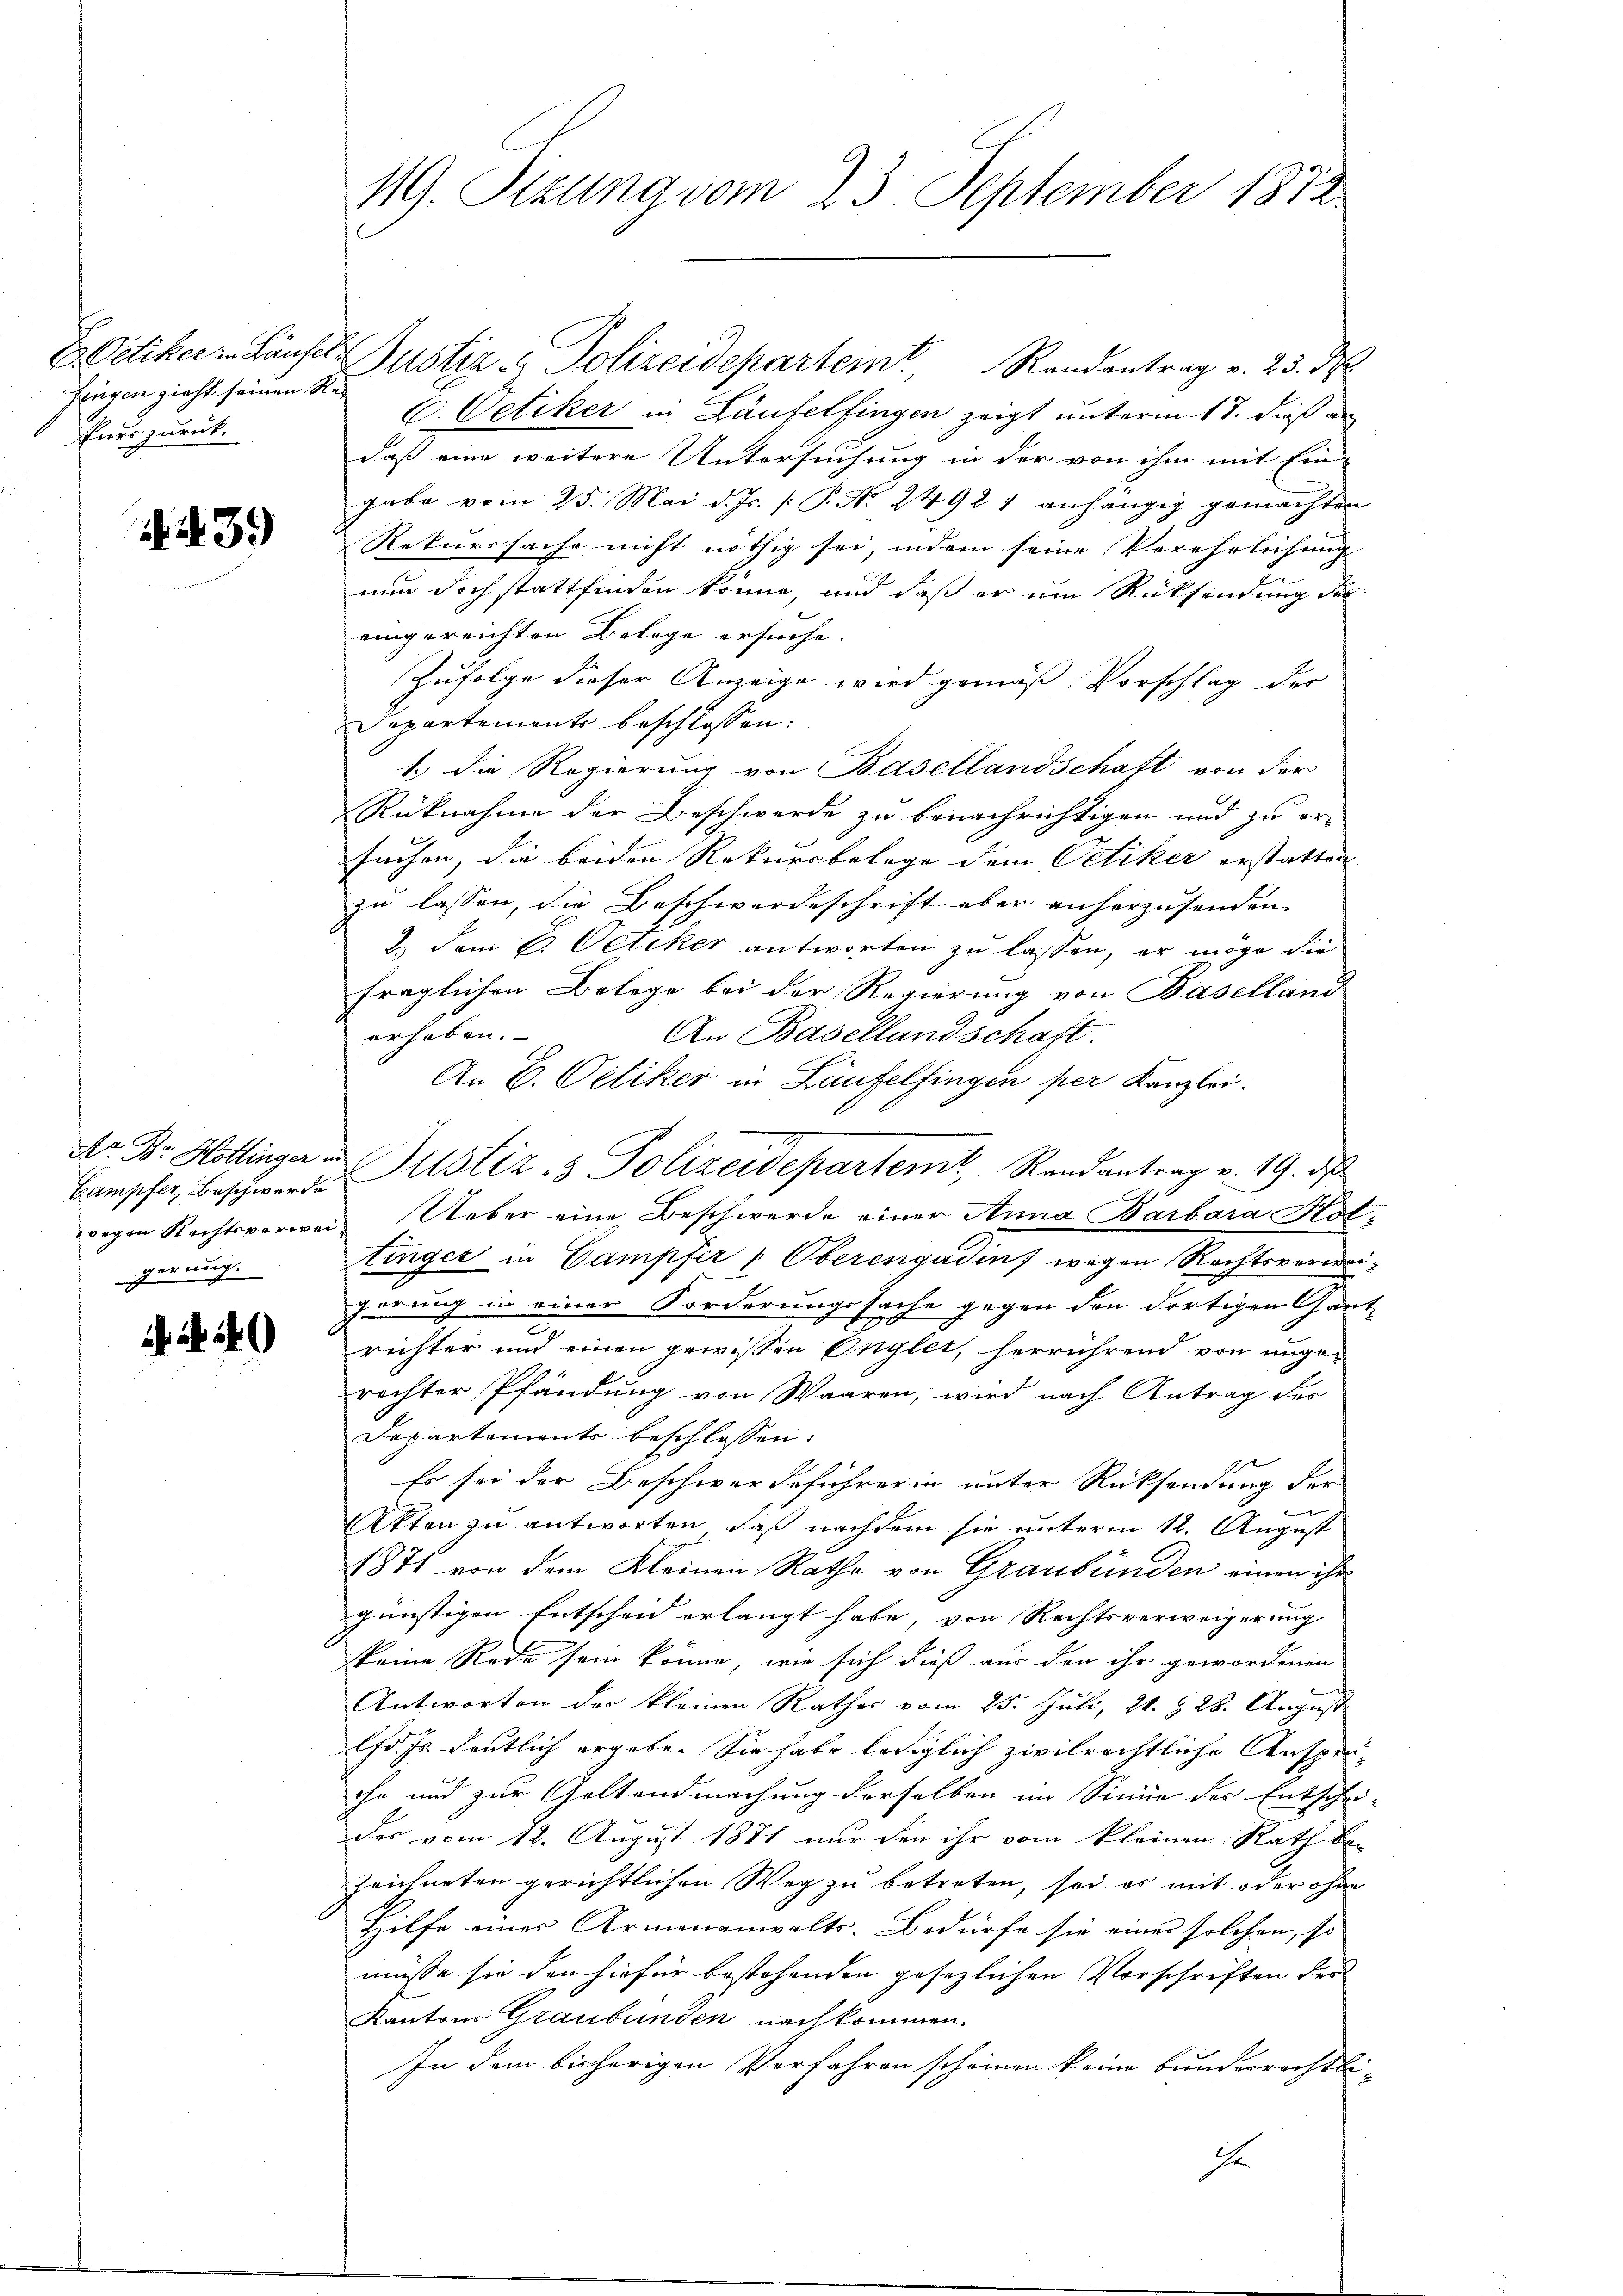
fingen zieht seinen Re-
Euer zurück.

43.)

Campfer Beschwerde
gerung.

N. 440

E Oetiker Häusel Gustiz - Polizeidepartem Randantrag v. 23. d
C. Oetiker in Laufelfingen zeigt untermit 7. dieß an
daß eine weitere Untersuchung in der von ihm mit Ein-
gabe vom 25. Mai d. Js. [ P. Nr. 24921 anhängig gemachten
Rekurssache nicht nöthig sei, indem seine Verehrlichung |
nun doch stattfinden könne, und daß er um Rücksendung der
eingereichten Belege ersuche.
Zufolge dieser Anzeige wird gemäß Vorschlag der
Departements beschlossen:
1.) Die Regierung von Basellandschaft von der
Rüknahme der Beschwerde zu benachrichtigen und zu er-
suchen, die beiden Rekursbelege dem Oetiker erstatten |
zu lassen, die Beschwordeschrift aber anherzusenden
2.) Dem 6. Oetiker antworten zu lassen, er möge die
fraglichen Belege bei der Regierung von Baselland
erhoben.
An Basellandschaft.
An E. Oetiker in Laufelfingen per Kanzlei.
Ar. Dr. Hottinger Justiz- & Polizeidepartemt, Randantrag v. 19. d
wegen Rechtsverwei Ueber eine Beschwerde einer Anna Barbara Hottinger in Campfer " Oberengadin, wegen Rechtsverweigerung in einer Forderungssache gegen den dortigen Gant-
richter und einen gewissen Englet, herrührend von ungerechter Pfändung von Waaren, wird nach Antrag des
Departemente beschlossen:
Es sei der Beschwerdeführerin unter Rücksendung der
b
Akten zu antworten, daß nachdem sie unterm 12. August
1871 von dem Kleinen Rathe von Graubünden einen ihr
günstigen Entscheid erlangt habe von Rechtsverweigerung
keine Rede sein könne, wie sich dieß aus den ihr gewordenen
Antworten des kleinen Rathes vom 25. Juli, 21. § 28. August
lfd. es deutlich ergebe. Sie habe lediglich zivilrechtliche Ansprüche und zur Geltendmachung derselben im Sinne der Entschei-
des vom 12. August 1871 nur den ihr vom kleinen Rath be-
zeichneten gerichtlichen Weg zu betreten, so er mit oder ohne
Hilfe eines Armenanwalts-Bedürfe sie einer solchen, so
müsse sie den hiefür bestehenden gesezlichen Vorschriften der
Kantons Graubünden nachkommen.
In dem bisherigen Verfahren scheinen keine bunderrechtli¬
Ihr

119. Setzung vom 23. September 1872